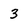
Character: 3